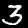
Label: 3